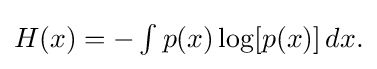
{\textstyle H(x)=-\int p(x)\log[p(x)]\,dx.}